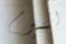
اليوم